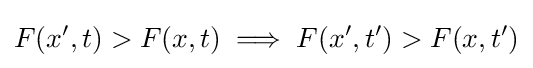
F(x',t)>F(x,t)\implies F(x',t')>F(x,t')